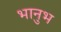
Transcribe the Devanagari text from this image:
भानुभ